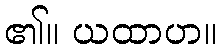
၏။ ယထာဟ။